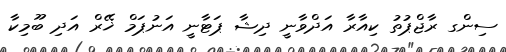
ސިންގ ރާޖްޕުތު ކިއާރާ އަދްވާނީ ދިޝާ ޕަޓާނީ އަނުޕަމް ޚޭރް އަދި ބޫމިކާ